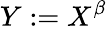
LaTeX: Y:=X^{\beta}